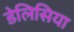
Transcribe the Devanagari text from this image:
डेलिसिया